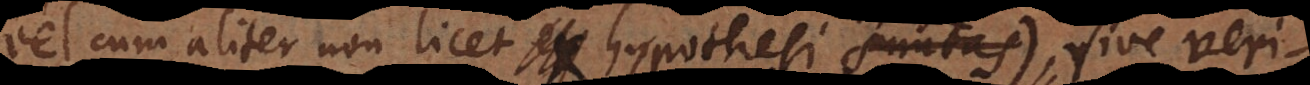
vel cum aliter non licet hypothesi nixas), sive ver